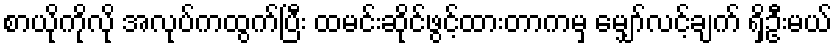
စာယိုကိုလို အလုပ်ကထွက်ပြီး ထမင်းဆိုင်ဖွင့်ထားတာကမှ မျှော်လင့်ချက် ရှိဦးမယ်